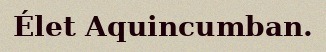
Élet Aquincumban.